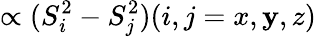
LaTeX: \propto(S_{i}^{2}-S_{j}^{2})(i,j=x,\mathbf{y},z)